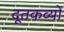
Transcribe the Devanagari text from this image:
दूतकव्यों